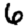
Digit: 6